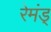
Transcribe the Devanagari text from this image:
रेमंड्